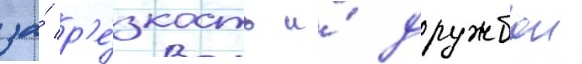
за́ р'е́зкость и́ дружбои